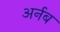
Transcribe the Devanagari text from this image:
अर्नब